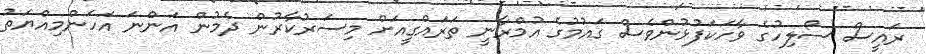
ރައީސް ސޯލިހުގެ ވާހަކަފުޅުންވެސް ގައުމުގެ އުމްރާނީ ތަރައްގީއަށް މިސަރުކާރުން ދެމުން އަންނަ އަހަންމިއްޔަތު